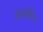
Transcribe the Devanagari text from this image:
इंफ़ोर्मेशन